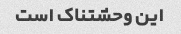
این وحشتناک است